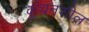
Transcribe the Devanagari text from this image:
कुंचनशील